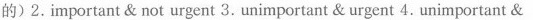
的)2.Important & not urgent 3. Unimportant & urgent 4.Unimportant &